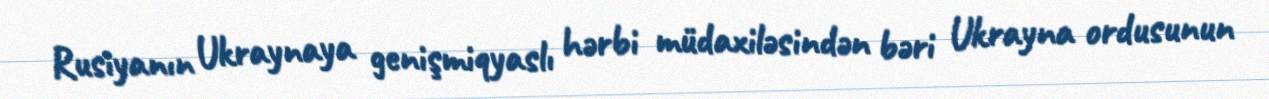
Rusiyanın Ukraynaya genişmiqyaslı hərbi müdaxiləsindən bəri Ukrayna ordusunun